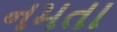
નમતા